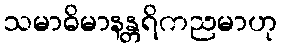
သမာဓိမာနန္တရိကညမာဟု